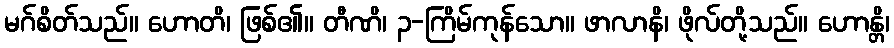
မဂ်စိတ်သည်။ ဟောတိ၊ ဖြစ်၏။ တီဏိ၊ ၃-ကြိမ်ကုန်သော။ ဖာလာနိ၊ ဖိုလ်တို့သည်။ ဟောန္တိ၊